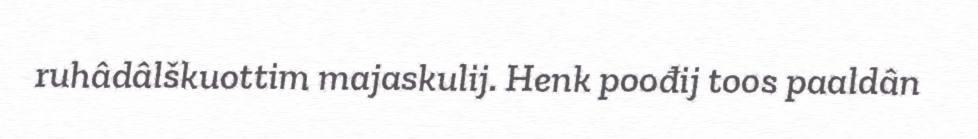
ruhâdâlškuottim majaskulij. Henk poođij toos paaldân